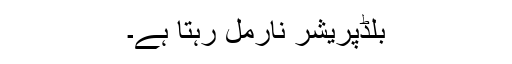
بلڈپریشر نارمل رہتا ہے۔